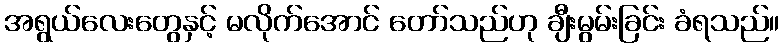
အရွယ်လေးတွေနှင့် မလိုက်အောင် တော်သည်ဟု ချီးမွမ်းခြင်း ခံရသည်။